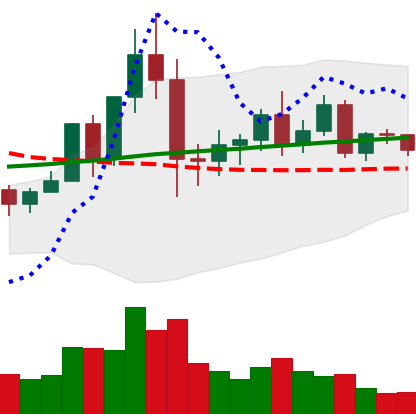
Ticker: NEO-USD
Chart end date: 2020-12-07
Forward return: -5.47%
Label: down_5_7